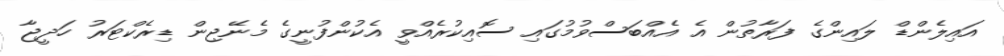
އައިލެންޑް ލައިންގެ ފަރާތުން އެ އެއްބަސްވުމުގައި ސޮއިކުރެއްވީ އެކުންފުނީގެ މެނޭޖިން ޑިރެކްޓަރު ހަދީޖާ